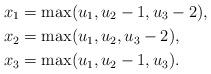
LaTeX: \begin{align*}x_{1}&=\max(u_{1},u_{2}-1,u_{3}-2),\\x_{2}&=\max(u_{1},u_{2},u_{3}-2),\\x_{3}&=\max(u_{1},u_{2}-1,u_{3}).\end{align*}